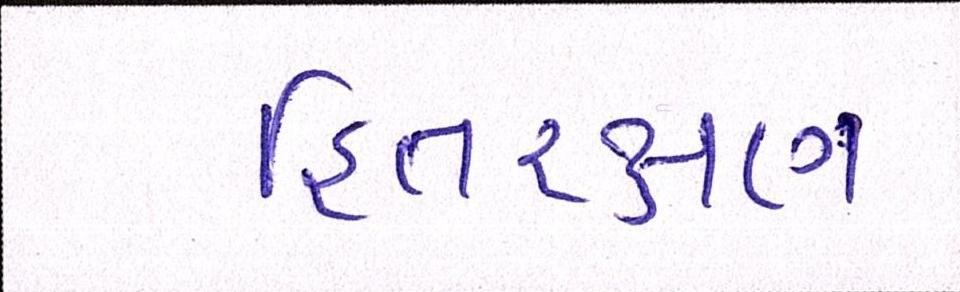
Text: હિતરક્ષક